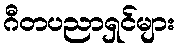
ဂီတပညာရှင်များ